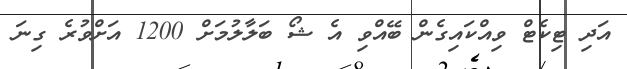
އަދި ޓިކެޓް ވިއްކައިގެން ބޭއްވި އެ ޝޯ ބަލާލުމަށް 1200 އަށްވުރެ ގިނަ